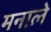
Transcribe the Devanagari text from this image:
मनाले